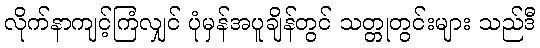
လိုက်နာကျင့်ကြံလျှင် ပုံမှန်အပူချိန်တွင် သတ္တုတွင်းများ သည်ဒီ